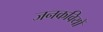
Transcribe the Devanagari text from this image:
जनकवियों